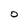
Character: O